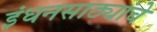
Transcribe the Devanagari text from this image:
इंधनसाठ्यांचे